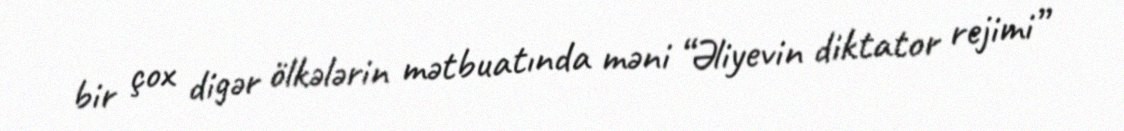
bir çox digər ölkələrin mətbuatında məni “Əliyevin diktator rejimi”